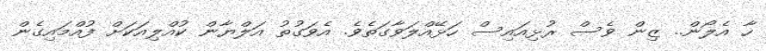
ހާ އެލޯން.. ޒިން ވެސް ރުޅިއައިސް ހަޅޭއްލަވާގަތެވެ. އެވަގުތު އަލްޔާން ކުއްލިއަކަށް ފުއްމައިގެން